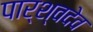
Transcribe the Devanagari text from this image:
पार्श्वदेव